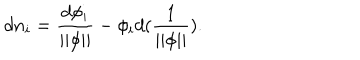
LaTeX: d n _ { i } = \frac { d \phi _ { i } } { | | \phi | | } - \phi _ { i } d ( { \frac 1 { | | \phi | | } } ) .